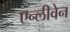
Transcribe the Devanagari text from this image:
एन्लीवेन